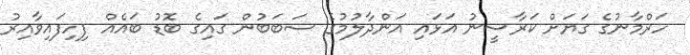
ހަރްމާނުގެ ގަޔަށް ކަރާސީނު އަޅައި އަންދާލުމުގެ ސަބަބުން ގައިގެ ބޮޑު ބައެއް ފިހިފައިވާއިރު